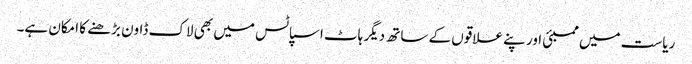
ریاست میں ممبئی اور پنے علاقوں کے ساتھ دیگر ہاٹ اسپاٹس میں بھی لاک ڈاون بڑھنے کا امکان ہے۔